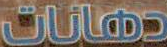
دهانات